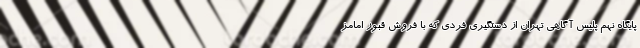
پایگاه نهم پلیس آگاهی تهران از دستگیری فردی که با فروش قبور امامز